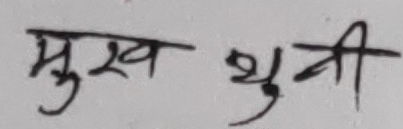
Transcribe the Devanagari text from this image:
मुख भुनी